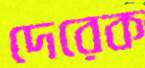
দেরেক